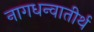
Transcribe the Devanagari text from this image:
नागधन्वातीर्थ